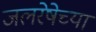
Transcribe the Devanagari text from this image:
जलरेषेच्या